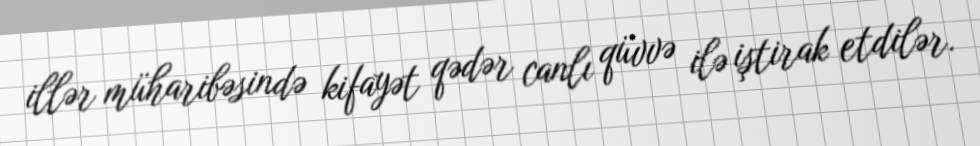
illər müharibəsində kifayət qədər canlı qüvvə ilə iştirak etdilər.